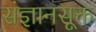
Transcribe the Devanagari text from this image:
संज्ञानसूक्त